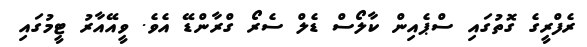
ރެފްރީގެ ގޮތުގައި ސްޕެއިން ކާލޯސް ޑެލް ސެރޯ ގްރާންޑޭ އެވެ. ވީއޭއާރު ޓީމުގައި